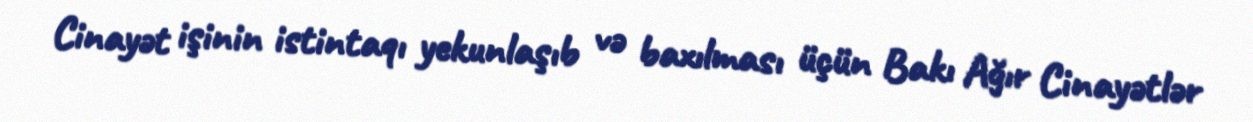
Cinayət işinin istintaqı yekunlaşıb və baxılması üçün Bakı Ağır Cinayətlər